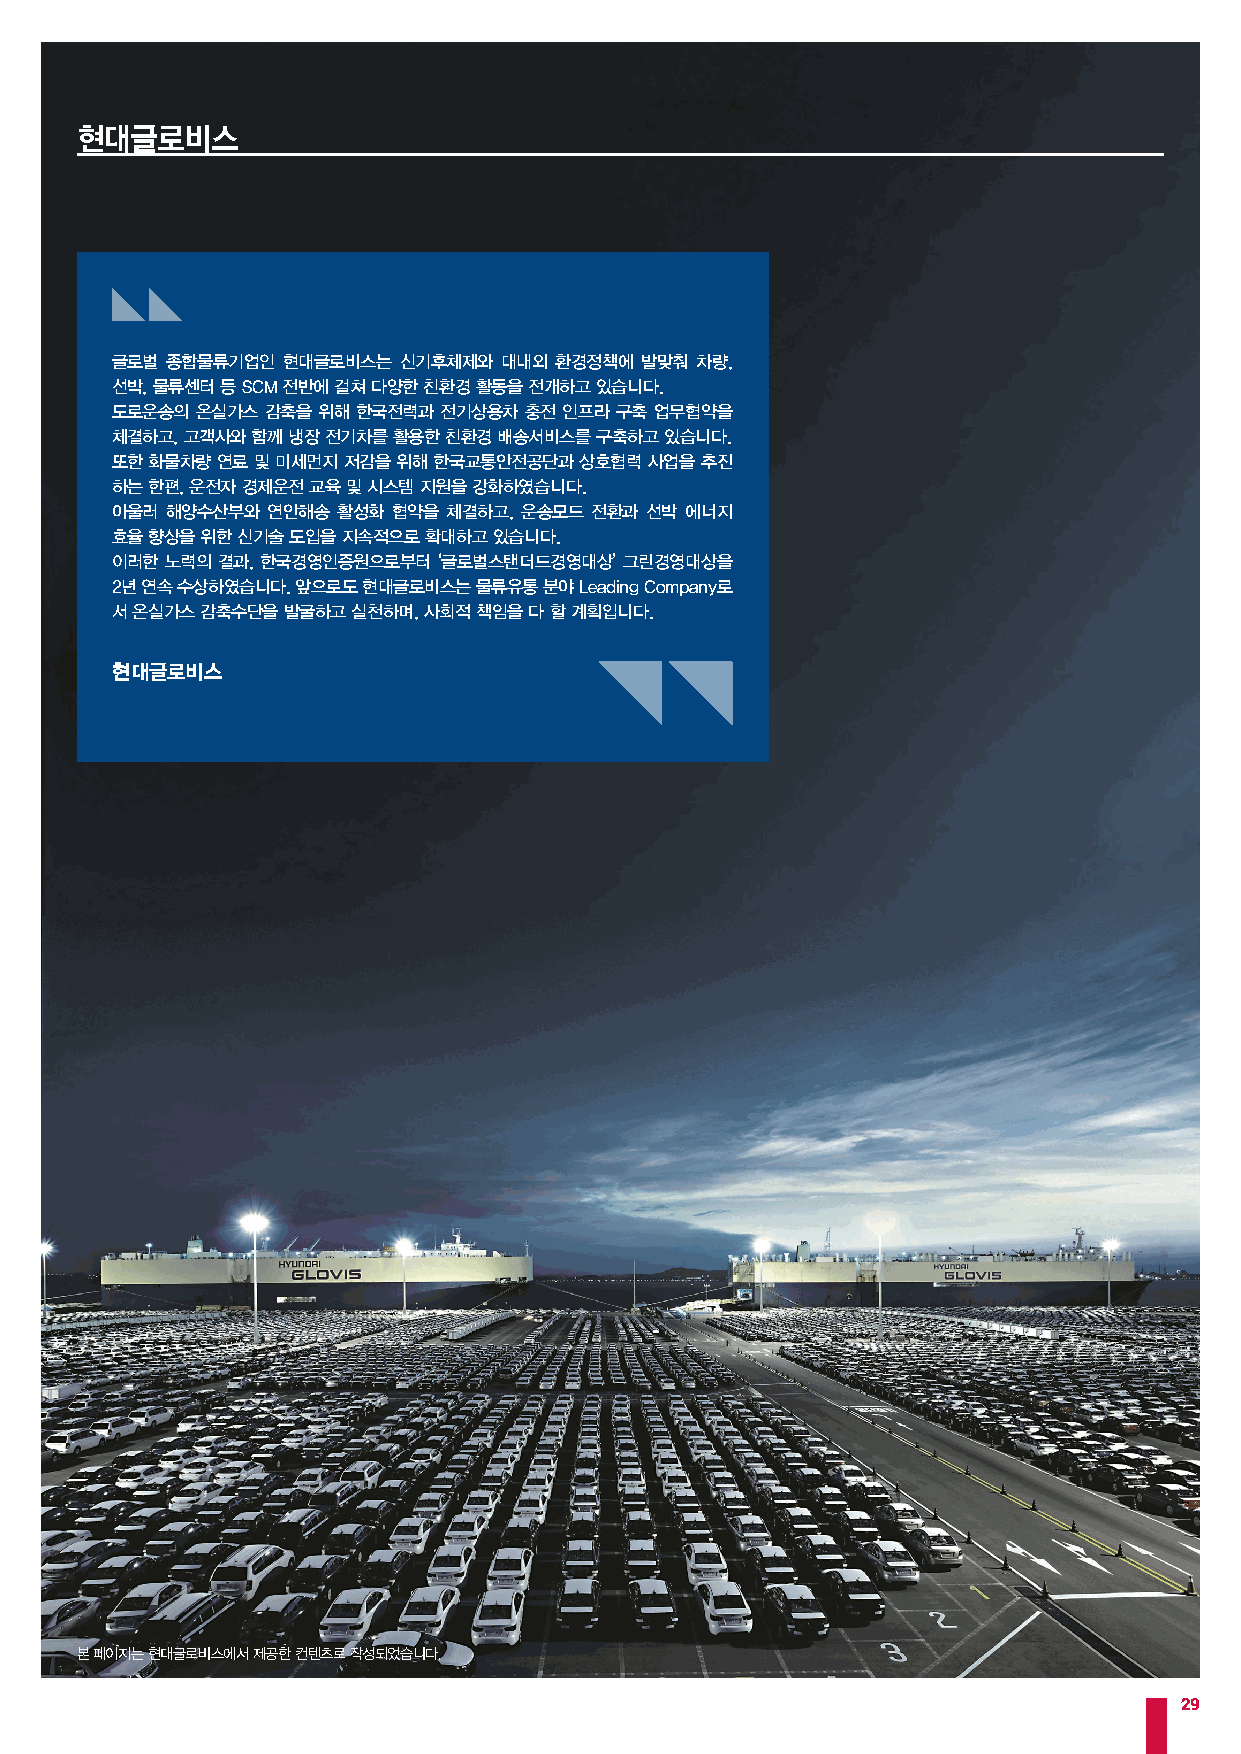
현대글로비스
 글로벌 종합물류기업인 현대글로비스는 신기후체제와 대내외 환경정책에 발맞춰 차량,
 선박, 물류센터 등 SCM 전반에 걸쳐 다양한 친환경 활동을 전개하고 있습니다.
 도로운송의 온실가스 감축을 위해 한국전력과 전기상용차 충전 인프라 구축 업무협약을
 체결하고, 고객사와 함께 냉장 전기차를 활용한 친환경 배송서비스를 구축하고 있습니다.
 또한 화물차량 연료 및 미세먼지 저감을 위해 한국교통안전공단과 상호협력 사업을 추진
 하는 한편, 운전자 경제운전 교육 및 시스템 지원을 강화하였습니다.
 아울러 해양수산부와 연안해송 활성화 협약을 체결하고, 운송모드 전환과 선박 에너지
 효율 향상을 위한 신기술 도입을 지속적으로 확대하고 있습니다.
 이러한 노력의 결과, 한국경영인증원으로부터 ‘글로벌스탠더드경영대상’ 그린경영대상을
 2년 연속 수상하였습니다. 앞으로도 현대글로비스는 물류유통 분야 Leading Company로
 서 온실가스 감축수단을 발굴하고 실천하며, 사회적 책임을 다 할 계획입니다.
 현대글로비스
 본 페이지는 현대글로비스에서 제공한 컨텐츠로 작성되었습니다.
 29